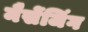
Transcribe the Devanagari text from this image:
मैसेंजिंग